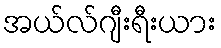
အယ်လ်ဂျီးရီးယား